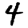
Digit: 4